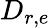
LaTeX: D_{r,e}